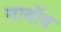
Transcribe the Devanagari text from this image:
नाबॉब